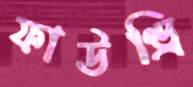
ফাউণ্ড্রি